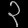
Digit: ၃